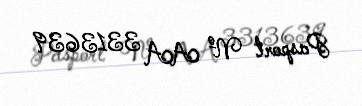
Pasport № AA 3313639